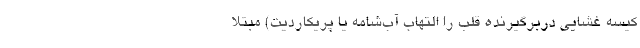
کیسهٔ غشایی دربرگیرندهٔ قلب را التهاب آب‌شامه یا پریکاردیت) مبتلا